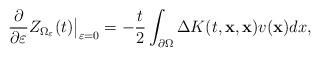
LaTeX: \begin{align*}\frac{\partial}{\partial \varepsilon} Z_{\Omega_{\varepsilon}}(t)\big|_ {\varepsilon=0} = -{t\over2} \int_{\partial\Omega} \Delta K(t,{\bf x},{\bf x}) v({\bf x}) dx,\end{align*}